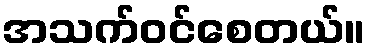
အသက်ဝင်စေတယ်။